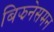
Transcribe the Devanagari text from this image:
बिझनेसमन